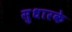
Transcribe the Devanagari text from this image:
सुधारके